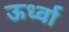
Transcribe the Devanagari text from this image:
ऊर्ध्वा